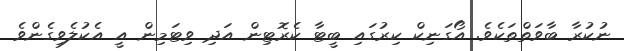
ނުކުރާ ބާވަތްތަކެވެ. އޯގަނިކް ކިރުގައި ބީޓާ ކެރޮޓިން އަދި ވިޓަމިން އީ އެކުލެވިގެންވެ